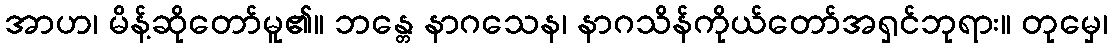
အာဟ၊ မိန့်ဆိုတော်မူ၏။ ဘန္တေ နာဂသေန၊ နာဂသိန်ကိုယ်တော်အရှင်ဘုရား။ တုမှေ၊